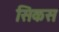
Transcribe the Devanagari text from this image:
सिकस